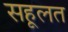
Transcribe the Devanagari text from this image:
सहूलत